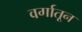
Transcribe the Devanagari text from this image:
वर्गातून